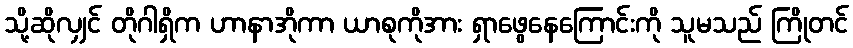
သို့ဆိုလျှင် တိုဂါရှိက ဟာနာအိုကာ ယာစုကိုအား ရှာဖွေနေကြောင်းကို သူမသည် ကြိုတင်